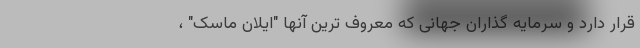
قرار دارد و سرمایه گذاران جهانی که معروف ترین آنها "ایلان ماسک" ،